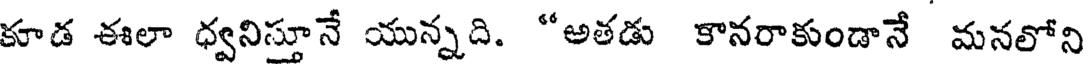
కూడ ఈలా ధ్వనిస్తూనే యున్నది. "అతడు కానరాకుండానే మనలోని